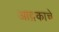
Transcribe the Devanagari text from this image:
आद्रकाचे